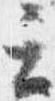
云